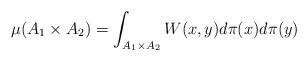
LaTeX: \begin{align*}\mu(A_1\times A_2)=\int_{A_1\times A_2} W(x,y) d\pi(x)d\pi(y)\end{align*}